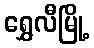
ရွှေလီမြို့